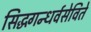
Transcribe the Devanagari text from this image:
सिद्धगन्धर्वसेविते